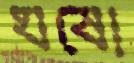
ঘষো